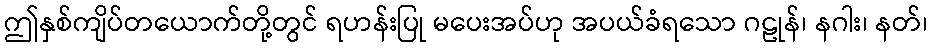
ဤနှစ်ကျိပ်တယောက်တို့တွင် ရဟန်းပြု မပေးအပ်ဟု အပယ်ခံရသော ဂဠုန်၊ နဂါး၊ နတ်၊